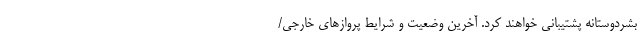
بشردوستانه پشتیبانی خواهند کرد. آخرین وضعیت و شرایط پروازهای خارجی/